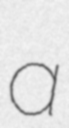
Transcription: a